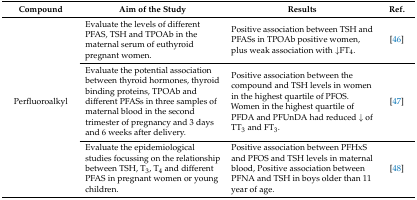
| Compound | Aim of the Study | Results | Ref. |
 | --- | --- | --- | --- |
 | <ROWSPAN=3> Perfluoroalkyl | Evaluate the levels of different PFAS, TSH and TPOAb in the maternal serum of euthyroid pregnant women. | Positive association between TSH and PFASs in TPOAb positive women, plus weak association with ↓FT4. | [46] |
 | Evaluate the potential association between thyroid hormones, thyroid binding proteins, TPOAb and different PFASs in three samples of maternal blood in the second trimester of pregnancy and 3 days and 6 weeks after delivery. | Positive association between the compound and TSH levels in women in the highest quartile of PFOS.Women in the highest quartile of PFDA and PFUnDA had reduced ↓ of TT3 and FT3. | [47] |
 | Evaluate the epidemiological studies focussing on the relationship between TSH, T3, T4 and different PFAS in pregnant women or young children. | Positive association between PFHxS and PFOS and TSH levels in maternal blood, Positive association between PFNA and TSH in boys older than 11 year of age. | [48] |